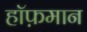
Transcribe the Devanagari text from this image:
हॉफ़मान